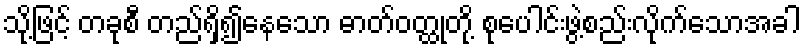
သို့ဖြင့် တခုစီ တည်ရှိ၍နေသော ဓာတ်ဝတ္ထုတို့ စုပေါင်းဖွဲ့စည်းလိုက်သောအခါ